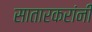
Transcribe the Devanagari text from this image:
सातारकरांनीं